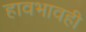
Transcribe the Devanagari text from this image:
हावभावही